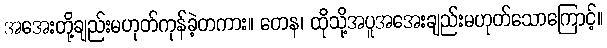
အအေးတို့ချည်းမဟုတ်ကုန်ခဲ့တကား။ တေန၊ ထိုသို့အပူအအေးချည်းမဟုတ်သောကြောင့်။